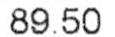
89.50